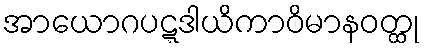
အာယောဂပဋ္ဋဒါယိကာဝိမာနဝတ္ထု